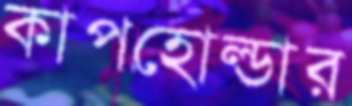
কাপহোল্ডার